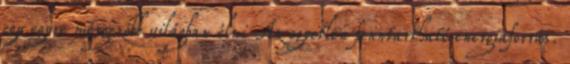
egy egyre mérgezőbb világban élni Az egyetlen fenntartható energiaforrás.